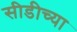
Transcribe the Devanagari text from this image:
सीडीच्या